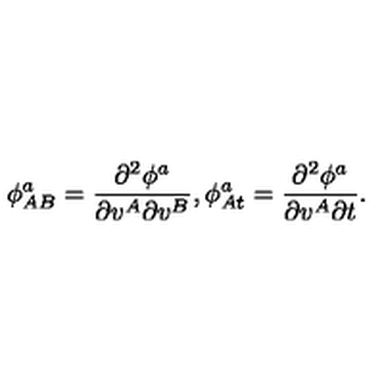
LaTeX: \phi _ { A B } ^ { a } = \frac { \partial ^ { 2 } \phi ^ { a } } { \partial v ^ { A } \partial v ^ { B } } , \phi _ { A t } ^ { a } = \frac { \partial ^ { 2 } \phi ^ { a } } { \partial v ^ { A } \partial t } .